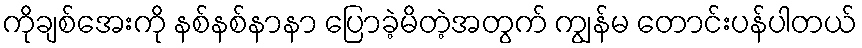
ကိုချစ်အေးကို နစ်နစ်နာနာ ပြောခဲ့မိတဲ့အတွက် ကျွန်မ တောင်းပန်ပါတယ်